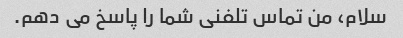
سلام، من تماس تلفنی شما را پاسخ می دهم.